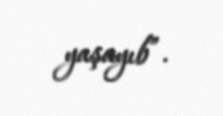
yaşayıb”.